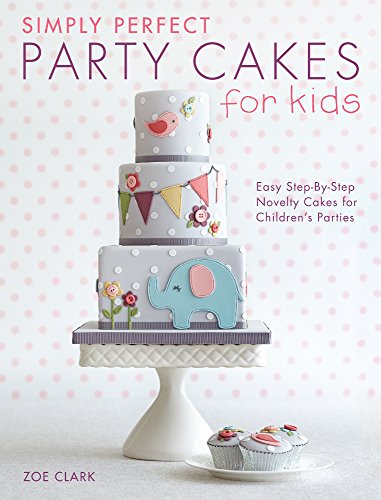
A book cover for Simply Perfect Party Cakes for Kids: Easy Step-by-Step Novelty Cakes for Children's Parties; Zoe Clark; Cookbooks, Food & Wine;